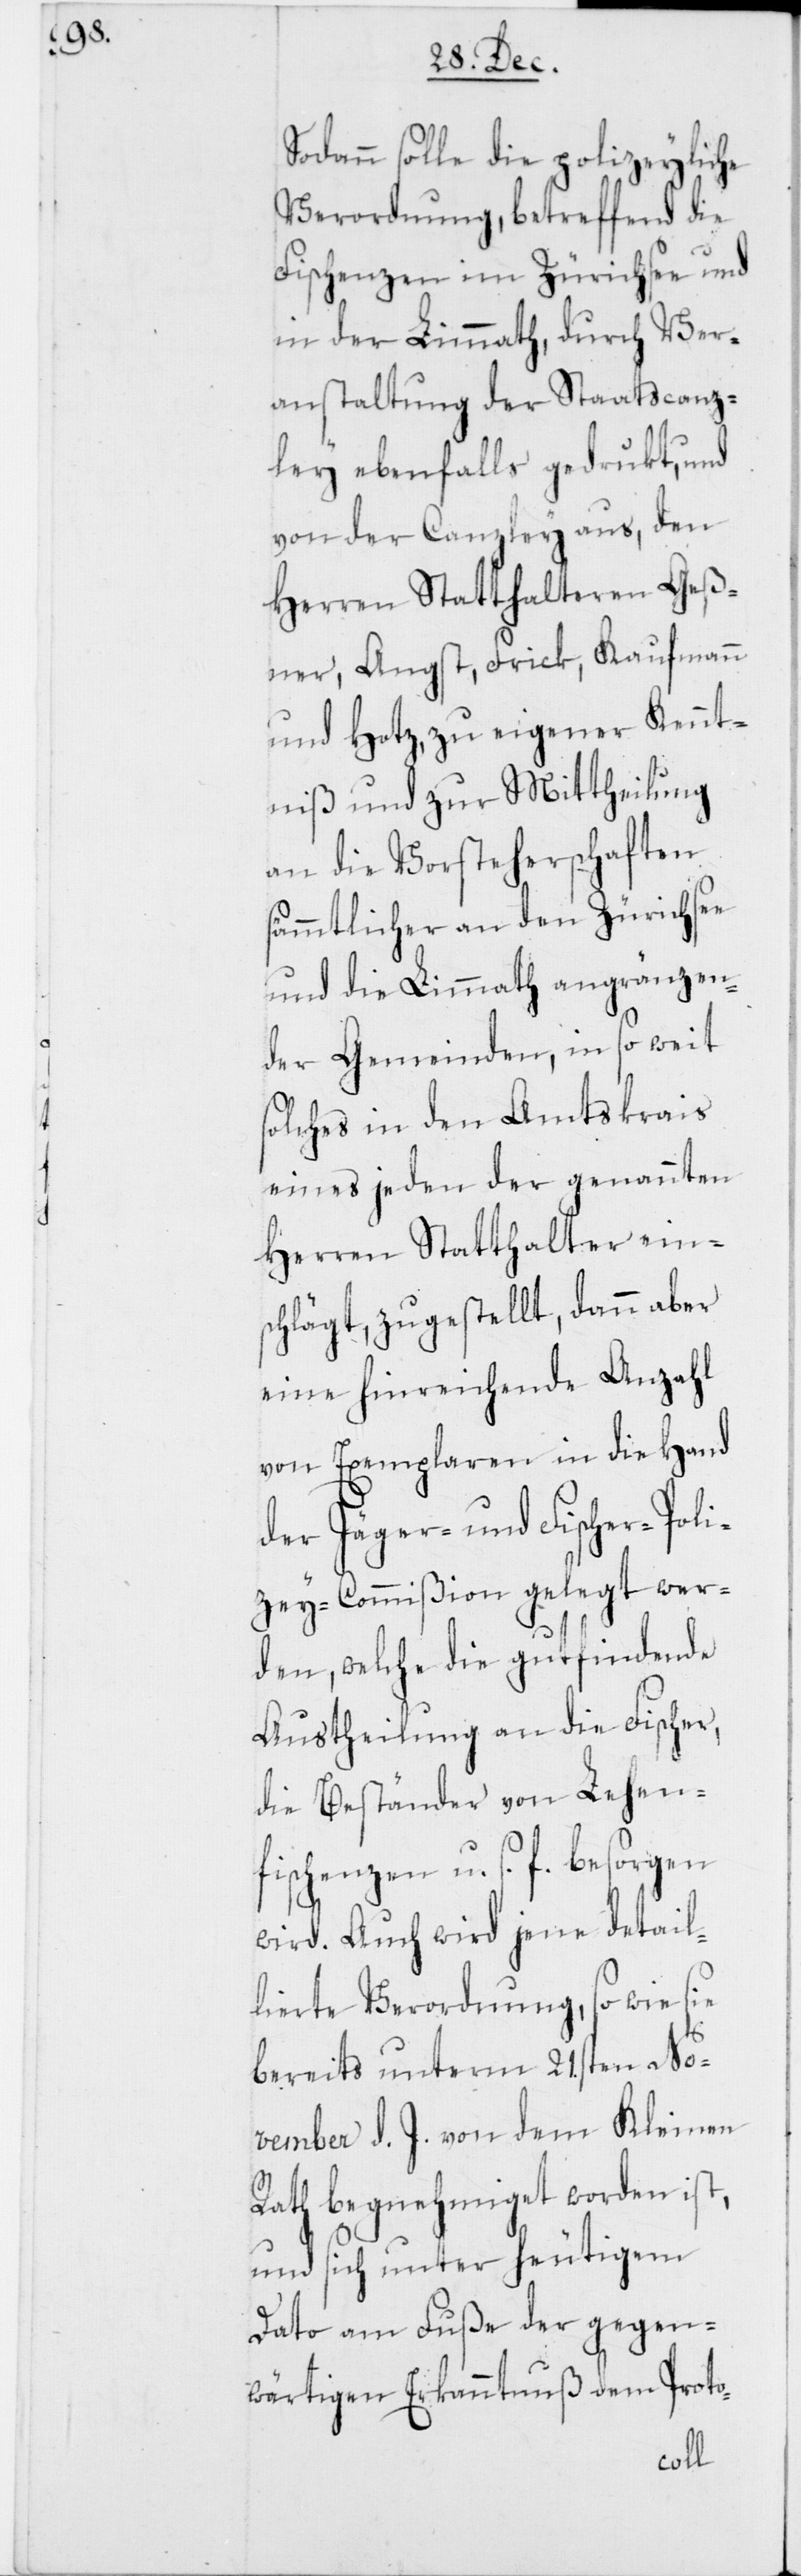
Sodann solle die polizeyliche
Verordnung, betreffend die
Fischenzen im Zürichsee und
in der Limmath, durch Ver¬
anstaltung der Staatscanz¬
ley ebenfalls gedrukt, und
von der Canzley aus, den
Herren Statthalteren Geß¬
ner, Angst, Frick, Kaufmann
und Hotz, zu eigener Kennt¬
niß und zur Mittheilung
an die Vorsteherschaften
sämmtlicher an den Zürichsee
und die Limmath angränzen¬
der Gemeinden, in so weit
solches in den Amtskrais
eines jeden der genannten
Herren Statthalter ein¬
schlägt, zugestellt, dann aber
eine hinreichende Anzahl
von Exemplaren in die Hand
der Jäger- und Fischer-Poli¬
zey-Commißion gelegt wer¬
den, welche die gutfindende
Austheilung an die Fischer,
die Beständer von Lehen¬
fischenzen u. s. f. besorgen
wird. Auch wird jene detail¬
lierte Verordnung, so wie sie
bereits unterm 21sten No¬
vember d. J. von dem Kleinen
Rath begnehmiget worden ist,
und sich unter heutigem
Dato am Fuße der gegen¬
wärtigen Erkanntnuß dem Proto-